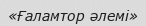
«Ғаламтор әлемі»